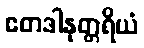
ဧတဒါနုတ္တရိယံ